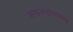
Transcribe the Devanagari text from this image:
समाजमानसशास्त्र